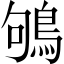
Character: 鴝